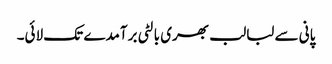
پانی سے لبالب بھری بالٹی برآمدے تک لائی۔